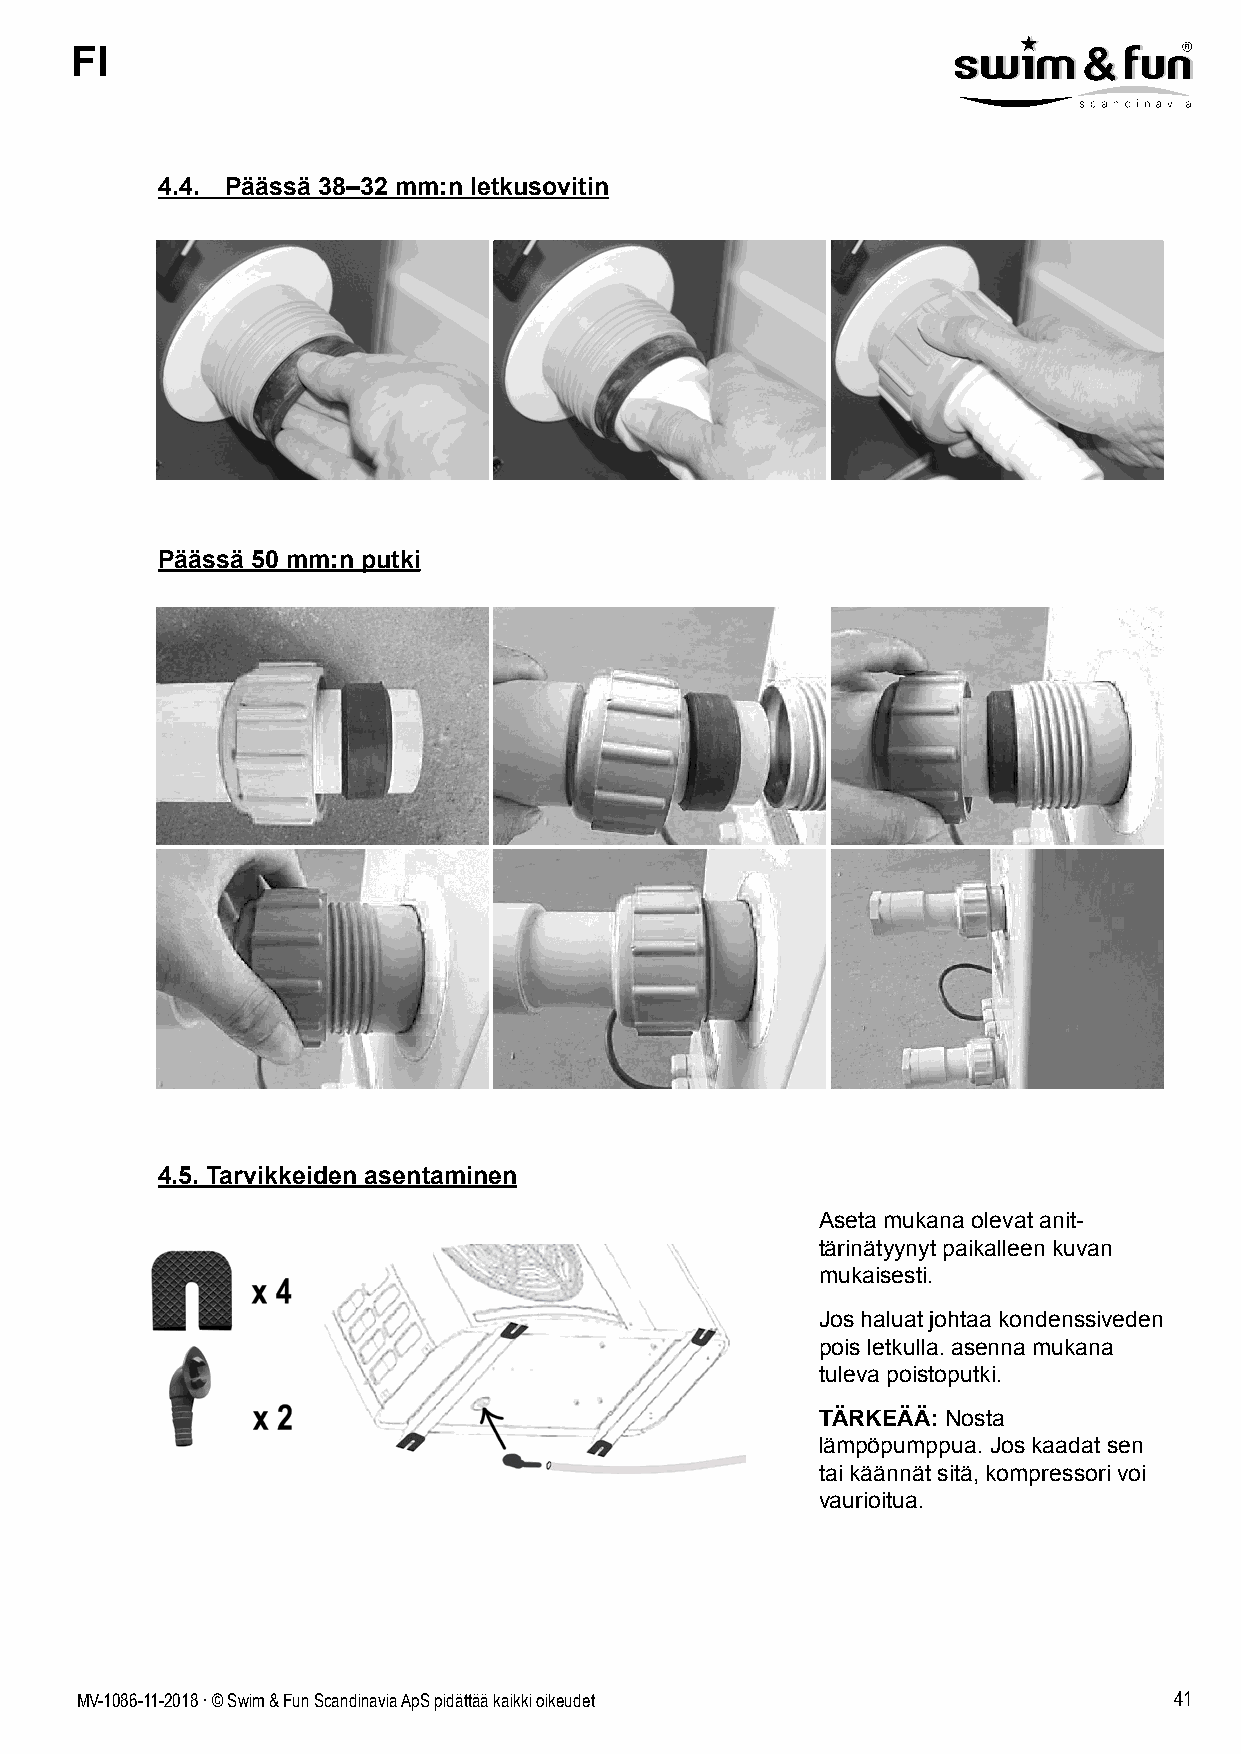
FI
 4.4. Päässä 38–32 mm:n letkusovitin
 Päässä 50 mm:n putki
 4.5. Tarvikkeiden asentaminen
 Aseta mukana olevat anit-
 tärinätyynyt paikalleen kuvan
 mukaisesti.
 Jos haluat johtaa kondenssiveden
 pois letkulla. asenna mukana
 tuleva poistoputki.
 TÄRKEÄÄ: Nosta
 lämpöpumppua. Jos kaadat sen
 tai käännät sitä, kompressori voi
 vaurioitua.
 MV-1086-11-2018 . © Swim & Fun Scandinavia ApS pidättää kaikki oikeudet  41